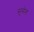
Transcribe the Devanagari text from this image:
सुसेना